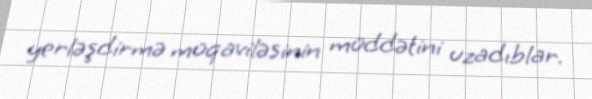
yerləşdirmə müqaviləsinin müddətini uzadıblar.